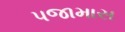
પજામાસ